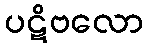
ပဋိဗလော